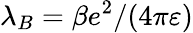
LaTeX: \lambda_{B}=\beta e^{2}/(4\pi\varepsilon)